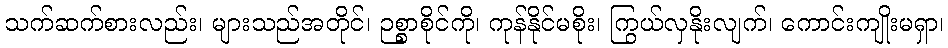
သက်ဆက်စားလည်း၊ များသည်အတိုင်၊ ဉစ္စာစိုင်ကို၊ ကုန်နိုင်မစိုး၊ ကြွယ်လှနိုးလျက်၊ ကောင်းကျိုးမရှာ၊